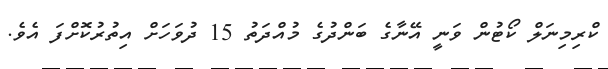
ކްރިމިނަލް ކޯޓުން ވަނީ އޭނާގެ ބަންދުގެ މުއްދަތު 15 ދުވަހަށް އިތުރުކޮށްފަ އެވެ.